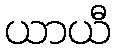
ယာယီ